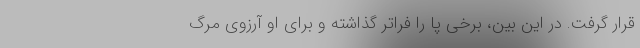
قرار گرفت. در این بین، برخی پا را فراتر گذاشته و برای او آرزوی مرگ